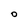
Character: O